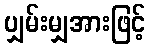
ပျှမ်းမျှအားဖြင့်